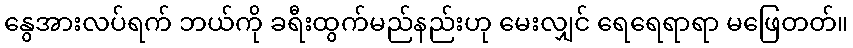
နွေအားလပ်ရက် ဘယ်ကို ခရီးထွက်မည်နည်းဟု မေးလျှင် ရေရေရာရာ မဖြေတတ်။